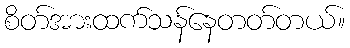
စိတ်အားထက်သန်နေတတ်တယ်။